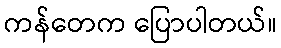
ကန်တေက ပြောပါတယ်။